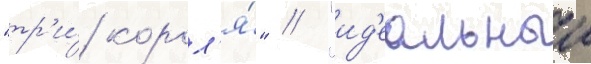
"тр'и́ корол'я́" / "ид'еальныи